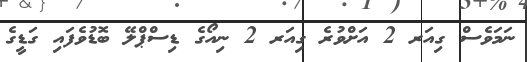
ނަމަވެސް ގިއަރ 2 އަށްވުރެ ގިއަރ 2 ނިއޯގެ ޑިސްޕްލޭ ބޮޑުވެފައި ގަޑީގެ